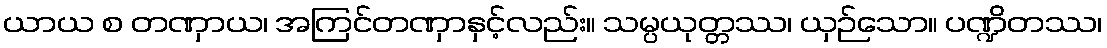
ယာယ စ တဏှာယ၊ အကြင်တဏှာနှင့်လည်း။ သမ္ပယုတ္တဿ၊ ယှဉ်သော။ ပဏ္ဍိတဿ၊